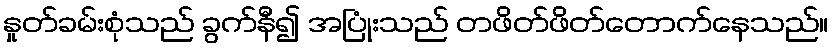
နှုတ်ခမ်းစုံသည် ခွက်နီ၍ အပြုံးသည် တဖိတ်ဖိတ်တောက်နေသည်။